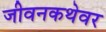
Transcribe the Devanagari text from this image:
जीवनकथेवर